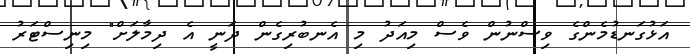
އަޅުގަނޑުމެންގެ ވިސްނުން ވެސް މިއަދު މި އެނބުރިގެން ދަނީ އެ ދިމާލަށް" މިނިސްޓަރު